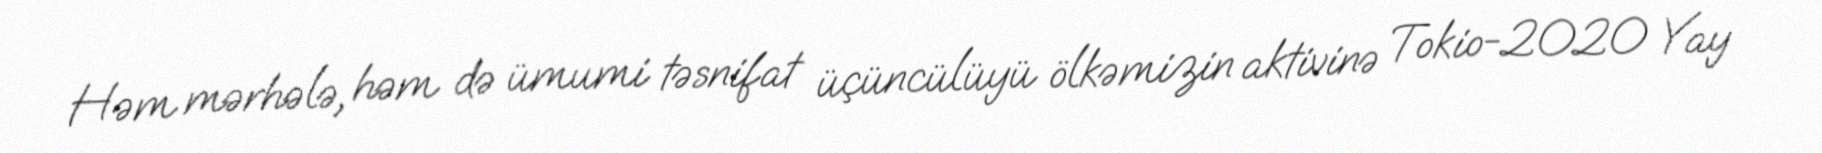
Həm mərhələ, həm də ümumi təsnifat üçüncülüyü ölkəmizin aktivinə Tokio-2020 Yay